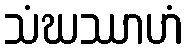
သံဃဿာဟံ